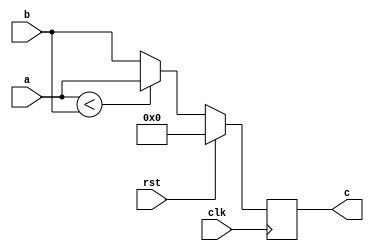
module mux #(parameter WIDTH=8) (
								input clk,
								input rst,  
								input [WIDTH-1:0] a, 
								input [WIDTH-1:0] b, 
								output reg [WIDTH-1:0] c);


wire [WIDTH-1:0] c_wire;

always @(posedge clk) begin
	if (rst) begin
		c <= 0;
	end
	else begin
		c <= c_wire;
	end
end

assign c_wire = (a<b) ? a : b ;

endmodule